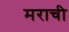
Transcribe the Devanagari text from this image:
मराची